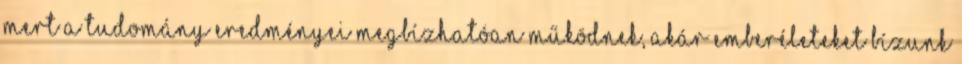
mert a tudomány eredményei megbízhatóan működnek, akár emberéleteket bízunk